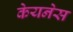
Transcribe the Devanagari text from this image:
केयनेस